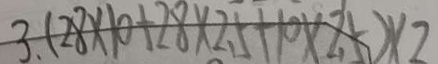
3 . ( 2 8 \times 1 0 + 2 8 \times 2 . 5 + 1 0 \times 2 . 5 ) \times 2